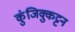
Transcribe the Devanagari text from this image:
कुंजिक्कुट्टन